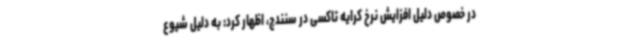
در خصوص دلیل افزایش نرخ کرایه تاکسی در سنندج، اظهار کرد: به دلیل شیوع